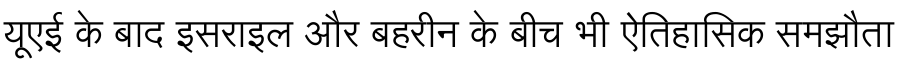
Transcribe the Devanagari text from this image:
यूएई के बाद इसराइल और बहरीन के बीच भी ऐतिहासिक समझौता